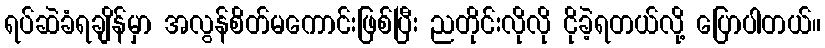
ရပ်ဆဲခံရချိန်မှာ အလွန်စိတ်မကောင်းဖြစ်ပြီး ညတိုင်းလိုလို ငိုခဲ့ရတယ်လို့ ပြောပါတယ်။